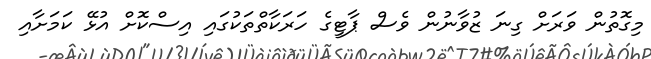
މިގޮތުން ވަރަށް ގިނަ ޒުވާނުން ވެސް ޕާޓީގެ ހަރަކާތްތަކުގައި އިސްކޮށް އުޅޭ ކަމަށާއި